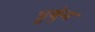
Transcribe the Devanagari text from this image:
डुबुंन